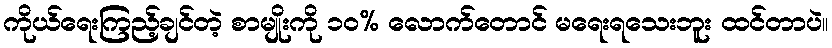
ကိုယ်ရေးကြည့်ချင်တဲ့ စာမျိုးကို ၁၀% လောက်တောင် မရေးရသေးဘူး ထင်တာပဲ။